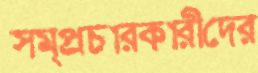
সম্প্রচারকারীদের